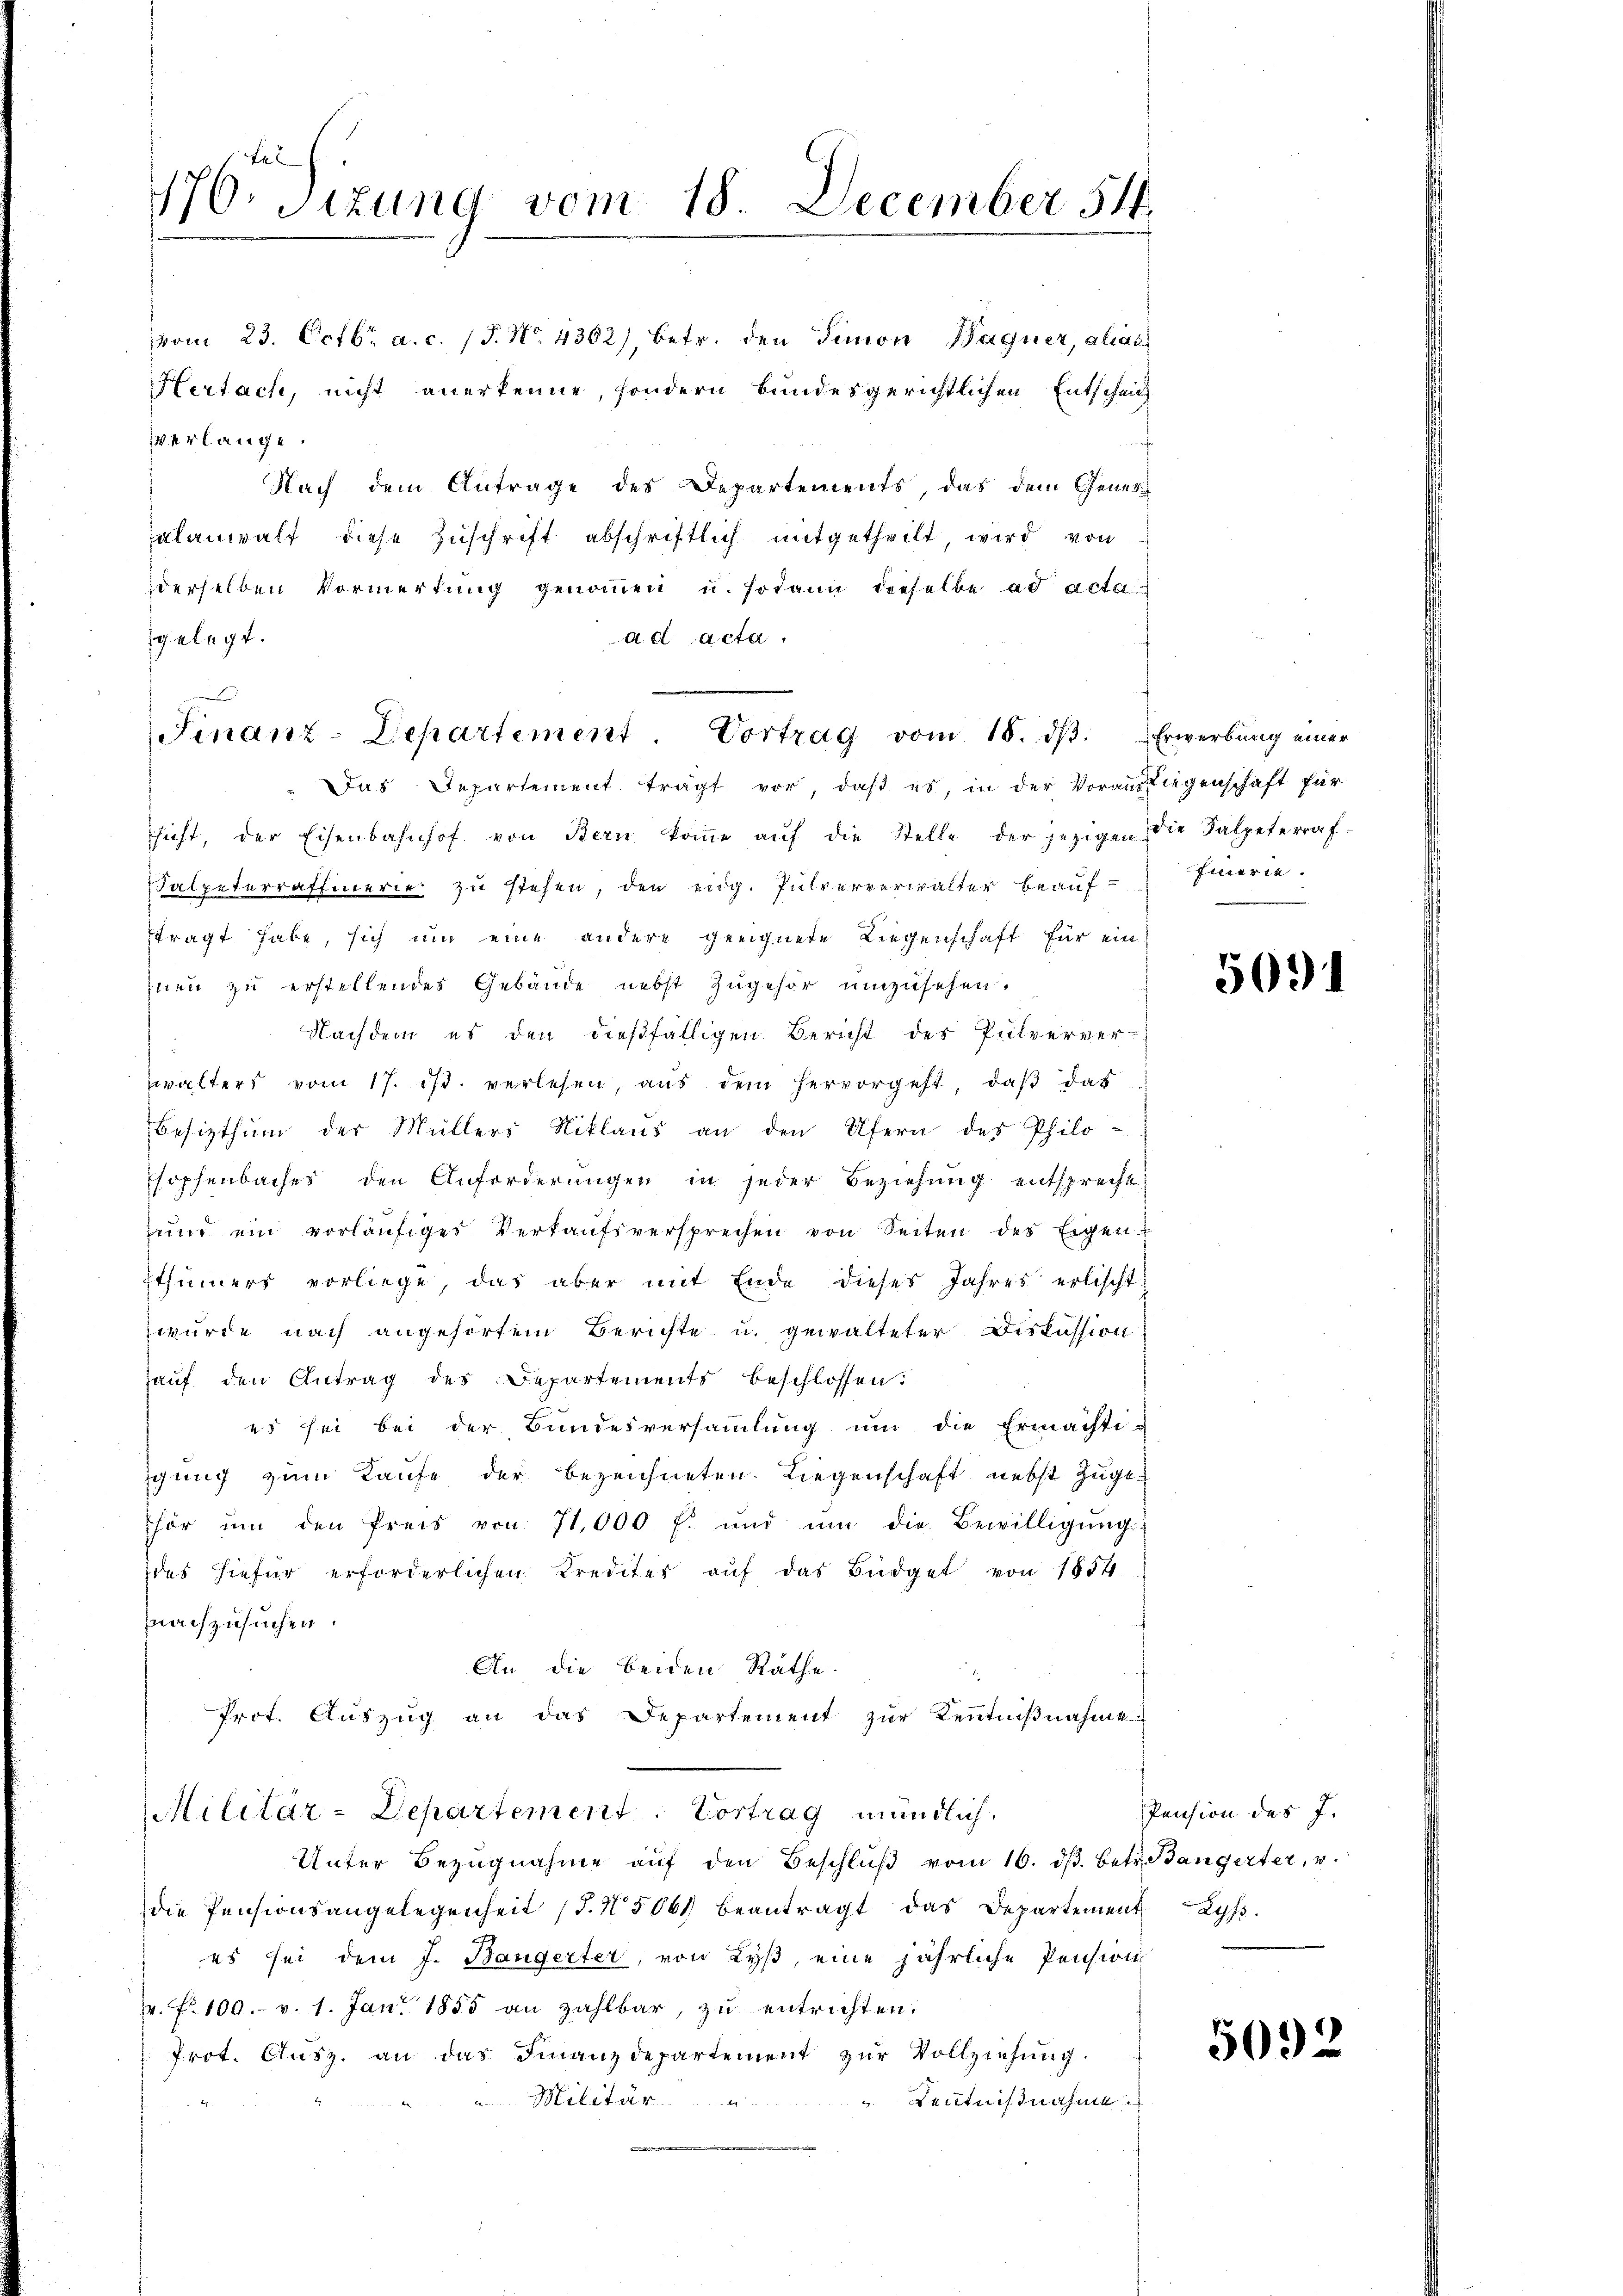
170. Sitzung vom 18. December 51

vom 23. Octbr. a. c. 15. No. 4362), betr. den Simon Wagner, allas
Hertach, nicht anerkenne, sondern bundesgerichtlichen Entscheits
erlange
Nach dem Antrage des Departements, das dem Gener
alanwalt diese Zuschrift abschriftlich mitgetheilt, wird von
derselben Vormerkung genoṁen u. sodann dieselbe ad acta
ad acta.
gelegt.
Das Departement trägt vor, daß es, in der Vorausliegenschaft für
sicht, der Eisenbahnhof von Bern koṁe aŭf die Stelle der jezigen die Salpeterraf-
Falpeterraffinerie zu stehen, den eidg. Pulververwalter beauf-Imerie.
ftragt habe, sich um eine andere geeignete Liegenschaft für ein
Inen zu erstellendes Gebäude nebst zugehör umzusehen.
Nachdem es den dießfälligen Bericht des Pulverver-
walters vom 17. ds. verlesen, aus dem hervorgeht, daß das
Besizthum der Müllers Niklaus an den Ufern des Philo-
sophenbaches den Anforderŭngen in jeder Beziehŭng entsprecht:
und ein vorläufiges Verkaufsversprechen von Seiten des Eigenthümers vorliege, das aber mit Ende dieses Jahres erlischt:
zwurde nach angehörtem Berichte u. gewalteter Diskussion
hauf den Antrag des Departements beschlossen:
es sei bei der Bundesversammlung um die Ermächti-
ichung zum Kaufe der bezeichneten. Liegenschaft nebst zugehör ŭm den Preis von 71,000 f. und ŭm die Bewilligŭng:
des hiefür erforderlichen Kredites auf das Büdget von 1854
mnachzusuchen.
An die beiden Rathe.
Prot. Aŭszŭg an das Departement zŭr Kenntniβnahme
Militär-Departement. Vortrag mündlich.
Unter Bezŭgnahme aŭf den Beschlŭβ vom 16. dβ. betr. Bangerter, u.
die Pensionsangelegenheit (§. N 5064 beantragt das Departement Lyss
es sei dem J. Baugerter, von Lyß, eine jährliche Pension
r. f. 100. v. 1. Jan. 1885 an zahlbar, zŭ entrichten.
Prot. Ausz. an das Finanzdepartement zur Vollziehung.
 Lentnißnahme.
Militär

1
Finanz-Departement. Vortrag vom 18. ds. Erwerbung einer

5091

Pension des J.

5092